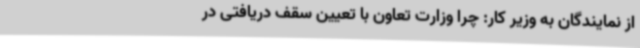
از نمایندگان به وزیر کار: چرا وزارت تعاون با تعیین سقف دریافتی در